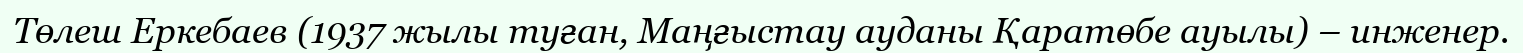
Төлеш Еркебаев (1937 жылы туған, Маңғыстау ауданы Қаратөбе ауылы) – инженер.